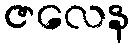
ဇလေန